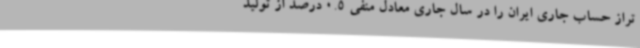
تراز حساب جاری ایران را در سال جاری معادل منفی 0.5 درصد از تولید